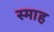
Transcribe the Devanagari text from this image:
स्माह